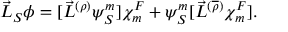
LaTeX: \vec { L } _ { S } \phi = [ { \vec { L } } ^ { ( \rho ) } { \psi } _ { S } ^ { m } ] { \chi } _ { m } ^ { F } + { \psi } _ { S } ^ { m } [ { \vec { L } } ^ { ( \overline { { { \rho } } } ) } { \chi } _ { m } ^ { F } ] .